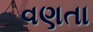
વણતા